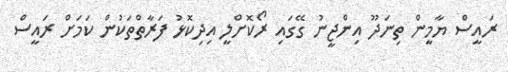
ރައީސް ޔާމީން ތިނަދޫ އިންޖީނު ގޭގައި ރޯކޮށްލީ އިދިކޮޅު ފަރާތްތަކުން ކަމަށް ރައީސް